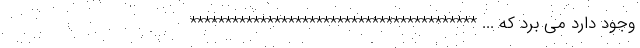
وجود دارد می برد که ... *****************************************